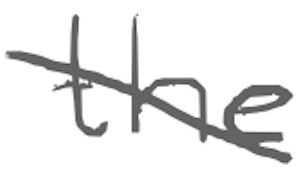
Text: the
Cross-out: diagonal
Writing tool: digital_gray